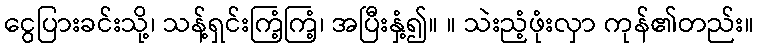
ငွေပြားခင်းသို့၊ သန့်ရှင်းကြံ့ကြံ့၊ အပြီးနှံ့၍။ ။ သဲးညံ့ဖုံးလှာ ကုန်၏တည်း။